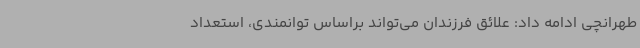
طهرانچی ادامه داد: علائق فرزندان می‌تواند براساس توانمندی، استعداد